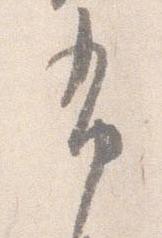
布